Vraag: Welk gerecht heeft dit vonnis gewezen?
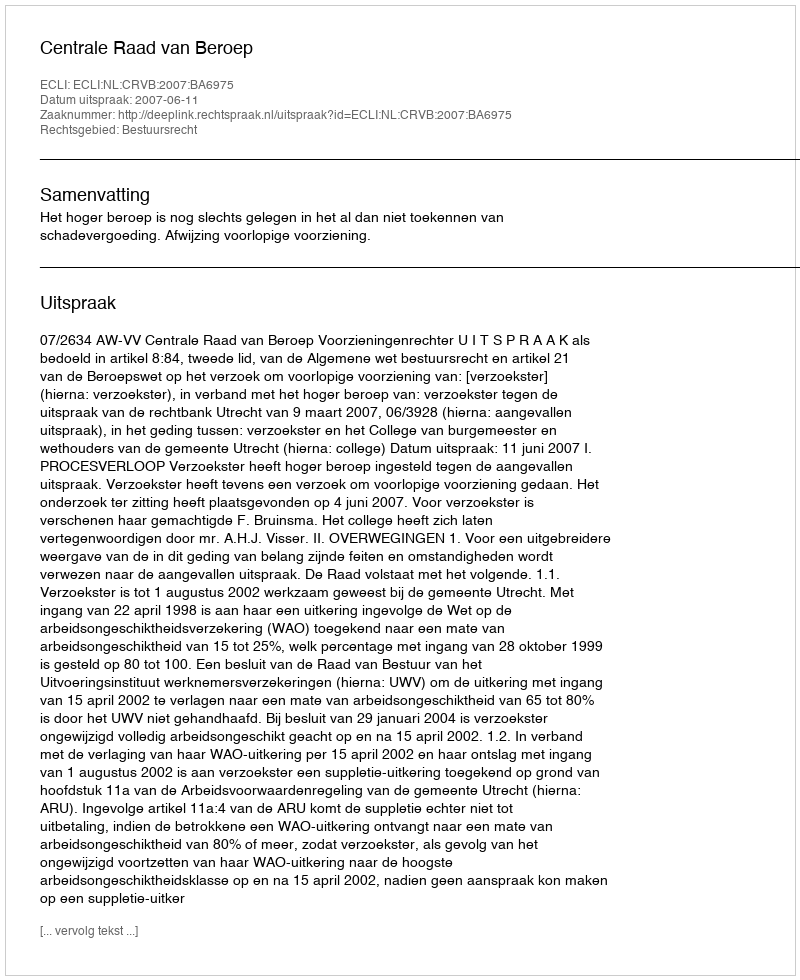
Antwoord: Centrale Raad van Beroep